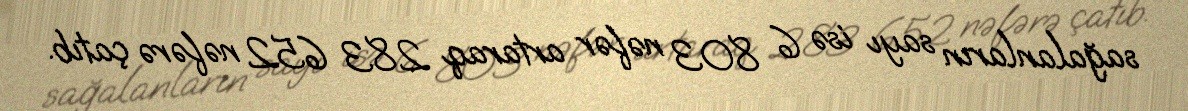
sağalanların sayı isə 6 803 nəfər artaraq 283 652 nəfərə çatıb.